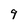
Character: 9